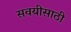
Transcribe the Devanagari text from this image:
सवयीसाठी